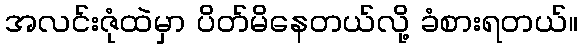
အလင်းဇုံထဲမှာ ပိတ်မိနေတယ်လို့ ခံစားရတယ်။